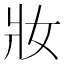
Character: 妝